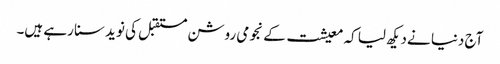
آج دنیا نےدیکھ لیا کہ معیشت کے نجومی روشن مستقبل کی نوید سنا رہے ہیں۔